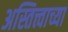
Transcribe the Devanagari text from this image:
अस्तित्त्वाच्या